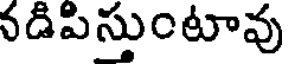
నడిపిస్తుంటావు